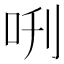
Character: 𠰙